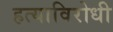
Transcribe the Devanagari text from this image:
हत्याविरोधी